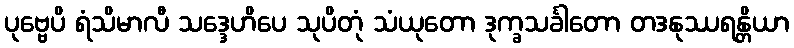
ပုဗ္ဗေပိ ရံသိမာလီ သဒ္ဒေဟိပေ သုပိတုံ သံယုတော ဒုက္ခသင်္ခါတော တဒနုဿရန္တိယာ